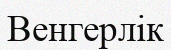
Венгерлік